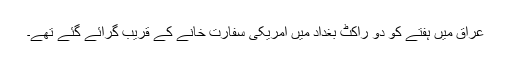
عراق میں ہفتے کو دو راکٹ بغداد میں امریکی سفارت خانے کے قریب گرائے گئے تھے۔